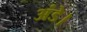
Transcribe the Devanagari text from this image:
अंडे।